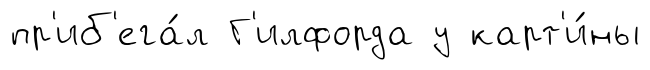
пр'иб'ега́л Г'илфорда у карт'и́ны